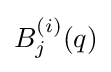
B_{j}^{(i)}(q)